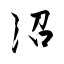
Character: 沼